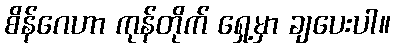
စိန်ဂေဟာ ကုန်တိုက် ရှေ့မှာ ချပေးပါ။